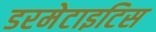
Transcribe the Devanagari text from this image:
डरमेटाइटिस